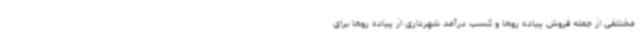
مختلفی از جمله فروش پیاده روها و کسب درآمد شهرداری از پیاده روها برای